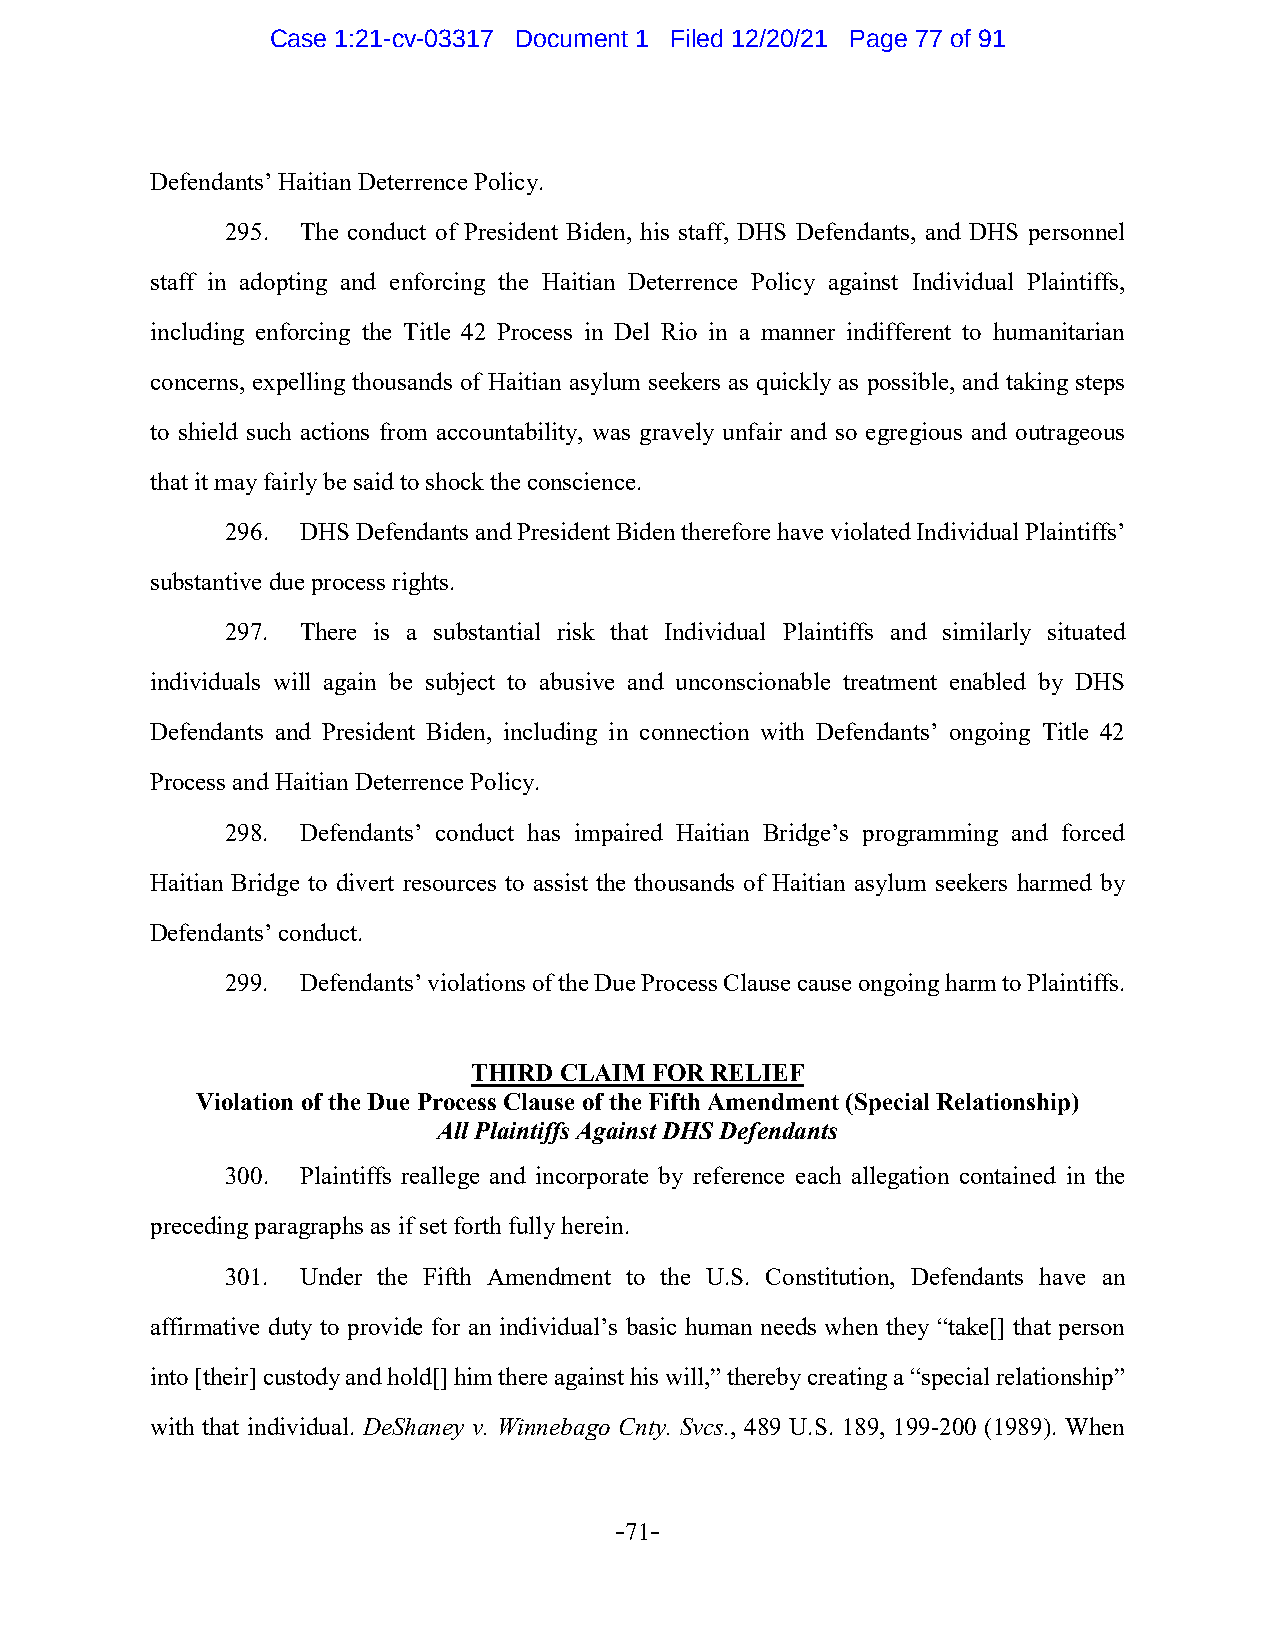
Case 1:21-cv-03317 Document 1 Filed 12/20/21 Page 77 of 91
 Defendants’ Haitian Deterrence Policy.
 295. The conduct of President Biden, his staff, DHS Defendants, and DHS personnel
 staff in adopting and enforcing the Haitian Deterrence Policy against Individual Plaintiffs,
 including enforcing the Title 42 Process in Del Rio in a manner indifferent to humanitarian
 concerns, expelling thousands of Haitian asylum seekers as quickly as possible, and taking steps
 to shield such actions from accountability, was gravely unfair and so egregious and outrageous
 that it may fairly be said to shock the conscience.
 296. DHS Defendants and President Biden therefore have violated Individual Plaintiffs’
 substantive due process rights.
 297. There is a substantial risk that Individual Plaintiffs and similarly situated
 individuals will again be subject to abusive and unconscionable treatment enabled by DHS
 Defendants and President Biden, including in connection with Defendants’ ongoing Title 42
 Process and Haitian Deterrence Policy.
 298. Defendants’ conduct has impaired Haitian Bridge’s programming and forced
 Haitian Bridge to divert resources to assist the thousands of Haitian asylum seekers harmed by
 Defendants’ conduct.
 299. Defendants’ violations of the Due Process Clause cause ongoing harm to Plaintiffs.
 THIRD CLAIM FOR RELIEF
 Violation of the Due Process Clause of the Fifth Amendment (Special Relationship)
 All Plaintiffs Against DHS Defendants
 300. Plaintiffs reallege and incorporate by reference each allegation contained in the
 preceding paragraphs as if set forth fully herein.
 301. Under the Fifth Amendment to the U.S. Constitution, Defendants have an
 affirmative duty to provide for an individual’s basic human needs when they “take[] that person
 into [their] custody and hold[] him there against his will,” thereby creating a “special relationship”
 with that individual. DeShaney v. Winnebago Cnty. Svcs., 489 U.S. 189, 199-200 (1989). When
 -71-